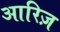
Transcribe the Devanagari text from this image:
आरिज़